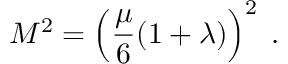
M ^ { 2 } = \left( { \frac { \mu } { 6 } } ( 1 + \lambda ) \right) ^ { 2 } \; .